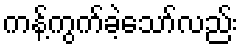
ကန့်ကွက်ခဲ့သော်လည်း